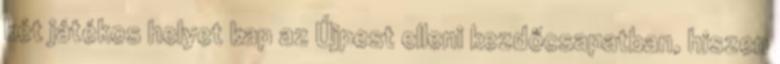
két játékos helyet kap az Újpest elleni kezdőcsapatban, hiszen